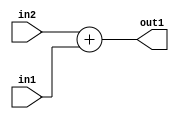
`timescale 1ps / 1ps
/*****************************************************************************
    Verilog RTL Description
    
    
    Created by: Stratus DpOpt 21.05.01 
*******************************************************************************/

module Filter_Add_11Ux8U_12U_1 (
	in2,
	in1,
	out1
	); /* architecture "behavioural" */ 
input [10:0] in2;
input [7:0] in1;
output [11:0] out1;
wire [11:0] asc001;

assign asc001 = 
	+(in2)
	+(in1);

assign out1 = asc001;
endmodule

/* CADENCE  ubH1SwE= : u9/ySxbfrwZIxEzHVQQV8Q== ** DO NOT EDIT THIS LINE ******/